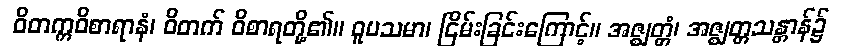
ဝိတက္ကဝိစာရာနံ၊ ဝိတက် ဝိစာရတို့၏။ ဝူပသမာ၊ ငြိမ်းခြင်းကြောင့်။ အဇ္ဈတ္တံ၊ အဇ္ဈတ္တသန္တာန်၌